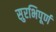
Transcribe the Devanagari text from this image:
सुरभिपूर्ण